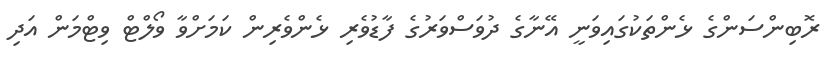
ރޮބިންސަންގެ ޅެންތަކުގައިވަނީ އޭނާގެ ދުވަސްވަރުގެ ފާޑުވެރި ޅެންވެރިން ކަމަށްވާ ވޯލްޓް ވިޓްމަން އަދި